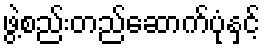
ဖွဲ့စည်းတည်ဆောက်ပုံနှင့်